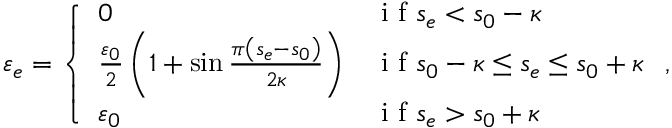
\varepsilon _ { e } = \left\{ \begin{array} { l l } { 0 } & { \mathrm { ~ i ~ f ~ } s _ { e } < s _ { 0 } - \kappa } \\ { \frac { \varepsilon _ { 0 } } { 2 } \left( 1 + \sin \frac { \pi \left( s _ { e } - s _ { 0 } \right) } { 2 \kappa } \right) } & { \mathrm { ~ i ~ f ~ } s _ { 0 } - \kappa \leq s _ { e } \leq s _ { 0 } + \kappa } \\ { \varepsilon _ { 0 } } & { \mathrm { ~ i ~ f ~ } s _ { e } > s _ { 0 } + \kappa } \end{array} \right. ,